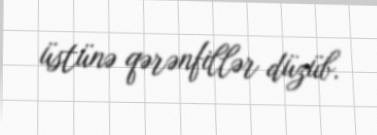
üstünə qərənfillər düzüb.